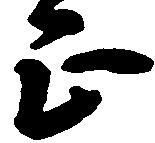
正